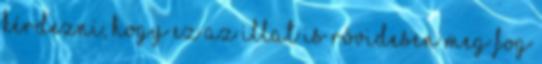
kérdezni, hogy ez az illat is rövidesen meg fog